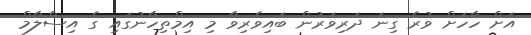
އަށް ހާހަށް ވުރެ ގިނަ ދަރިވަރުން ބައިވެރިވާ މި އިމްތިހާނުގައި ގެ އިސްލާމް